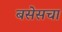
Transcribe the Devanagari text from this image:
बसेसचा